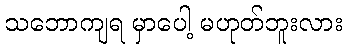
သဘောကျရ မှာပေါ့ မဟုတ်ဘူးလား